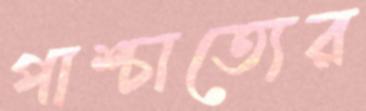
পাশ্চাত্যের